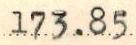
173.85